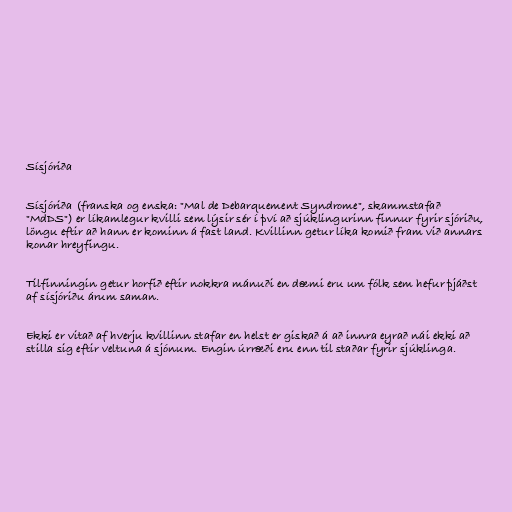
Sísjóriða

Sísjóriða (franska og enska: "Mal de Debarquement Syndrome", skammstafað
"MdDS") er líkamlegur kvilli sem lýsir sér í því að sjúklingurinn finnur fyrir sjóriðu,
löngu eftir að hann er kominn á fast land. Kvillinn getur líka komið fram við annars
konar hreyfingu.

Tilfinningin getur horfið eftir nokkra mánuði en dæmi eru um fólk sem hefur þjáðst
af sísjóriðu árum saman.

Ekki er vitað af hverju kvillinn stafar en helst er giskað á að innra eyrað nái ekki að
stilla sig eftir veltuna á sjónum. Engin úrræði eru enn til staðar fyrir sjúklinga.